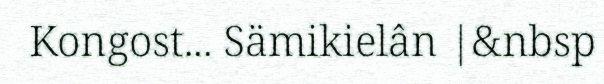
Kongost... Sämikielân |&nbsp